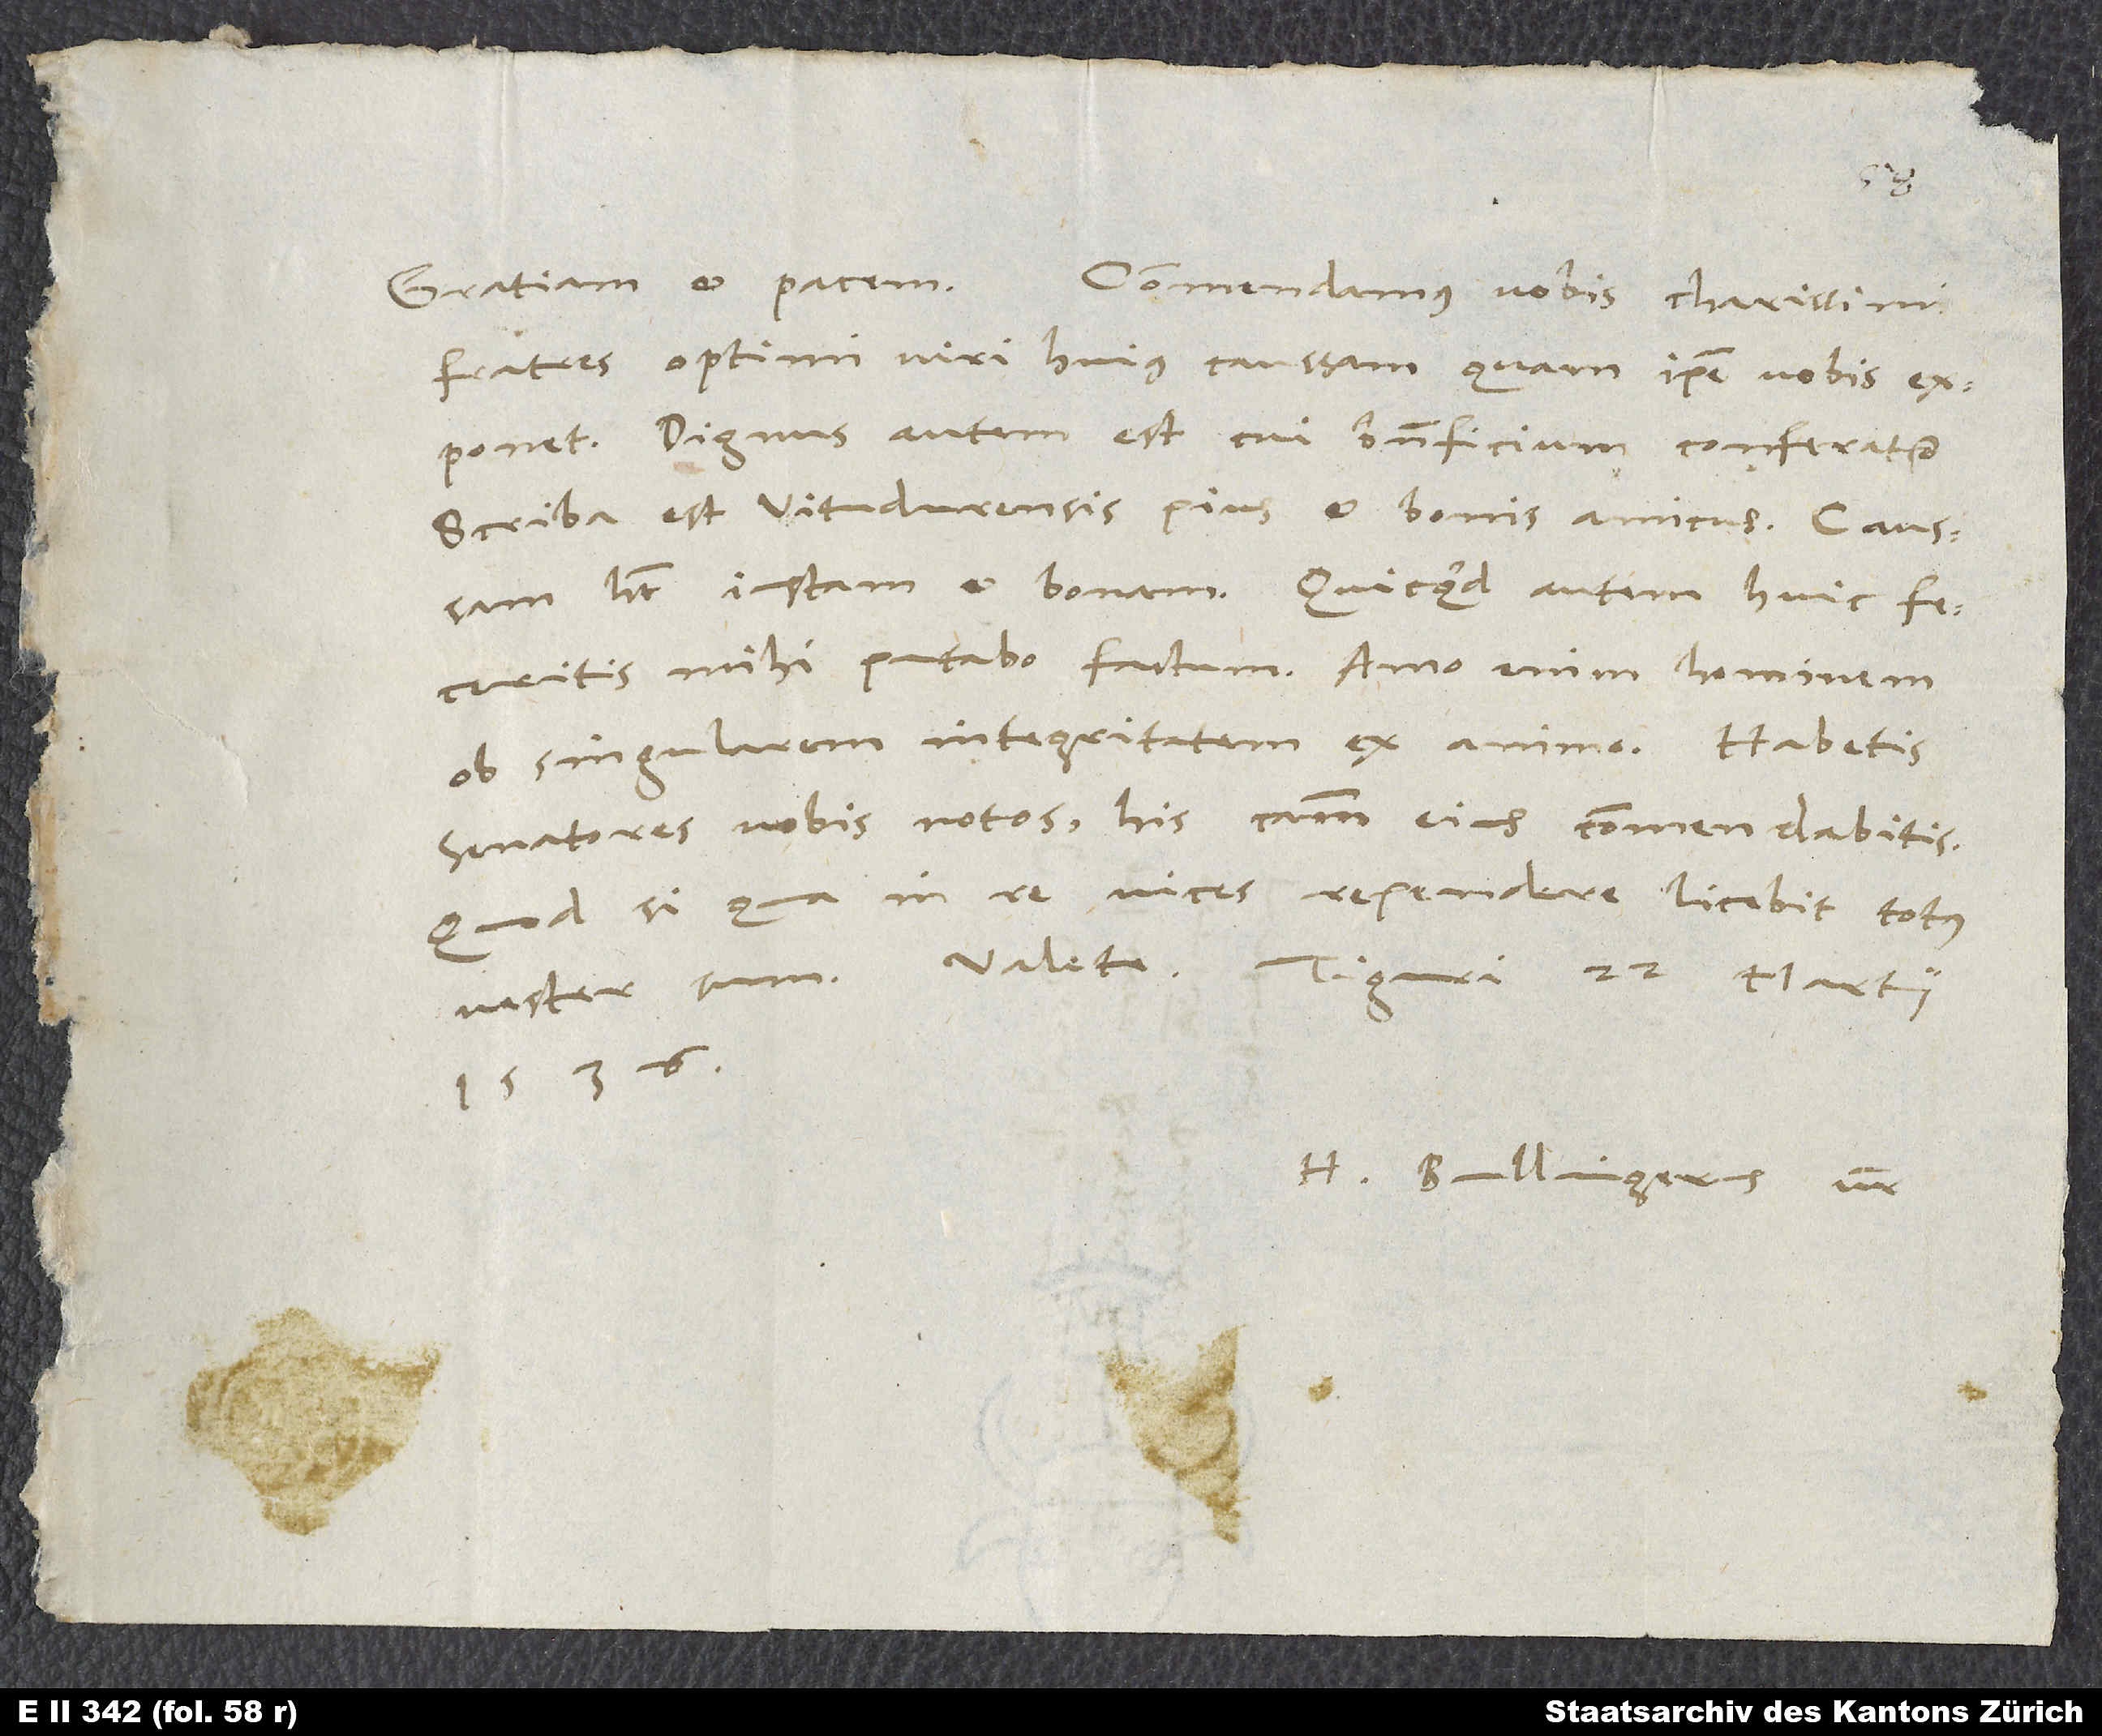
fratres, optimi viii huius caussam, quam ipse vobis
exponet. Dignus autem est, cui beneficium conferatur.
Scriba est Vitudurensis, Pius et bonis amicus. Caussam
habet justam et bonam. Quicquid autem huic feceritis,
mihi putabo factum. Amo enim hominem
ob singularem integritatem ex animo. Habetis
senatores vobis notos; his caussam eius commendabitis.
Quodsi qua in re vices rependere licebit, totus
1536.
H. Bullingerus vester.